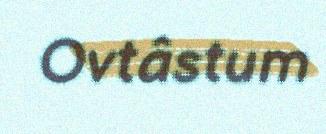
Ovtâstum